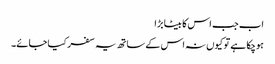
اب جب اس کا بیٹا بڑا
ہوچکا ہے تو کیوں نہ اس کے ساتھ یہ سفر کیا جائے۔